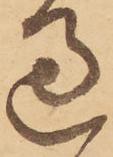
過